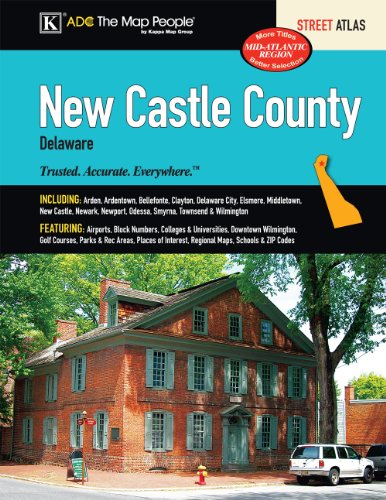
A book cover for New Castle Delaware Street Atlas; ADC The Map People; Travel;